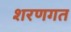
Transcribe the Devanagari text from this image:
शरणगत